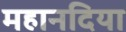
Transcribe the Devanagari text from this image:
महानदिया